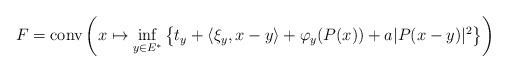
LaTeX: \begin{align*}F=\textrm{conv}\left(x\mapsto \inf_{y\in E^{*}}\left\{t_y+ \langle\xi_y, x-y\rangle+\varphi_{y}(P(x))+a|P(x-y)|^2\right\}\right)\end{align*}